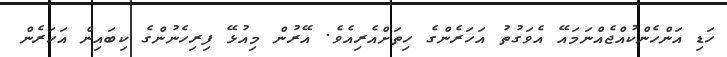
ހަޑި އަންހެންކުއްޖެއްނަމައޭ އެވަގުތު އަހަރެންގެ ހިތަށްއެރިއެވެ. އޭރުން މިއުޅޭ ފިރިހެނުންގެ ކިބައިން އަހަރެން